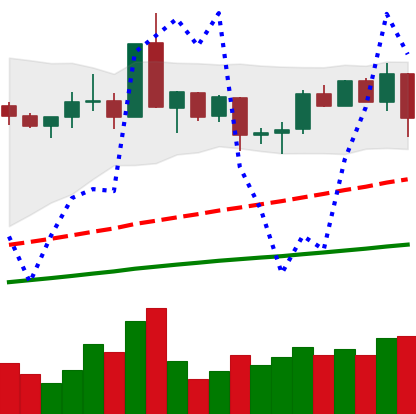
Ticker: XMR-USD
Chart end date: 2020-09-02
Forward return: -9.389%
Label: down_7plus